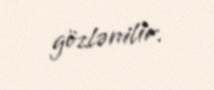
gözlənilir.